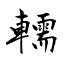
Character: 轜